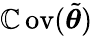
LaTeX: \operatorname{\mathbb{C}ov}(\tilde{{\boldsymbol{\theta}}})